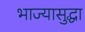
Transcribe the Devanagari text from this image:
भाज्यासुद्धा